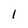
Character: l